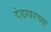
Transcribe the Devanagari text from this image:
दंडावरच्या